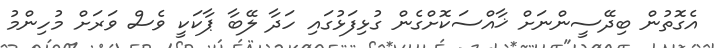
އެގޮތުން ބިދޭސީންނަށް ޚާއްސަކޮށްގެން ގުޅިފަޅުގައި ހަދާ ލޭބާ ޕާކަކީ ވެސް ވަރަށް މުހިންމު